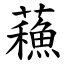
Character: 蘓